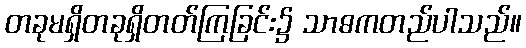
တခုမရှိတခုရှိတတ်ကြခြင်း၌ သာဓကတည်ပါသည်။